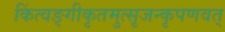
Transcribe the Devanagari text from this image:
किंत्वङ्गीकृतमुत्सृजन्कृपणवत्